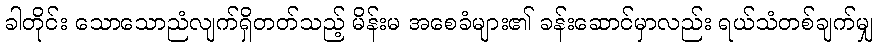
ခါတိုင်း သောသောညံလျက်ရှိတတ်သည့် မိန်းမ အစေခံများ၏ ခန်းဆောင်မှာလည်း ရယ်သံတစ်ချက်မျှ